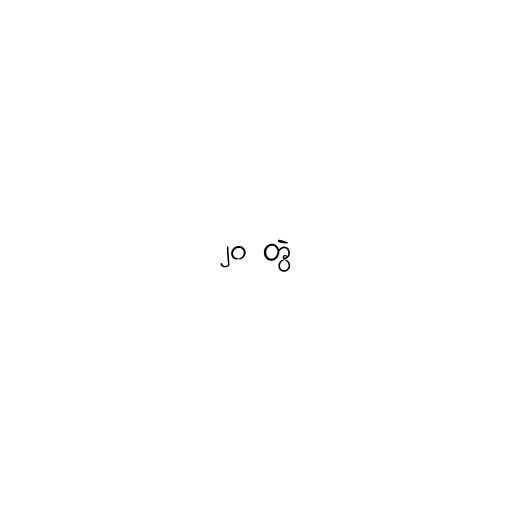
၂၀ တွဲ